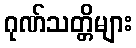
ဂုဏ်သတ္တိများ